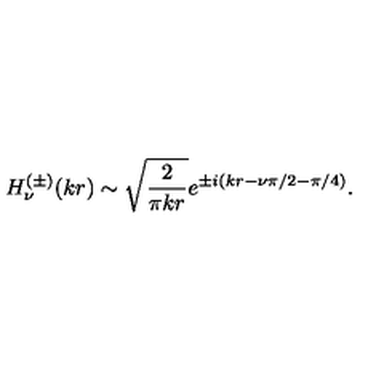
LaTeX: H _ { \nu } ^ { ( \pm ) } ( k r ) \sim \sqrt { \frac { 2 } { \pi k r } } e ^ { \pm i ( k r - \nu \pi / 2 - \pi / 4 ) } .